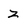
Character: z